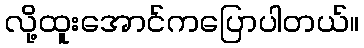
လို့ထူးအောင်ကပြောပါတယ်။